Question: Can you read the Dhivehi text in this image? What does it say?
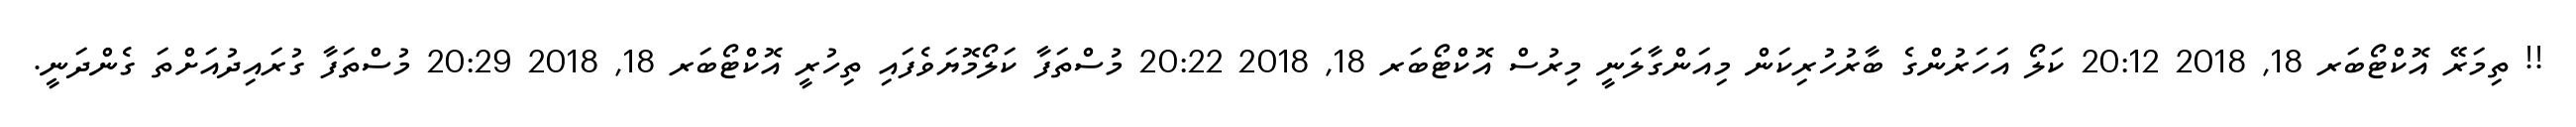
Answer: !! ތިމަރޭ އޮކްޓޯބަރ 18, 2018 20:12 ކަލޯ އަހަރުންގެ ބާރުހުރިކަން މިއަންގާލަނީ މިރުސް އޮކްޓޯބަރ 18, 2018 20:22 މުސްތަފާ ކަލޯމޮޔަވެފައި ތިހުރީ އޮކްޓޯބަރ 18, 2018 20:29 މުސްތަފާ ގުރައިދުއަށްތަ ގެންދަނީ.